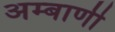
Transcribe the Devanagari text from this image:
अम्बाणी